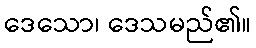
ဒေသော၊ ဒေသမည်၏။